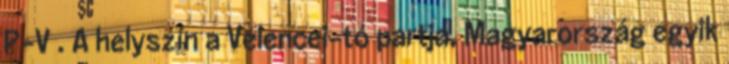
P-V . A helyszín a Velencei-tó partja, Magyarország egyik